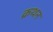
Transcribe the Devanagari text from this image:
क्रथन